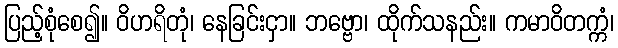
ပြည့်စုံစေ၍။ ဝိဟရိတုံ၊ နေခြင်းငှာ။ ဘဗ္ဗော၊ ထိုက်သနည်း။ ကမာဝိတက္ကံ၊